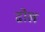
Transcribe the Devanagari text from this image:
ढोख